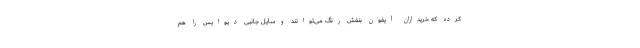
کرده که خریداران آیفون بنفش رنگ می‌توانند وسایل جانبی دیوایس را هم